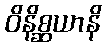
ဝိနိစ္ဆယာနိ